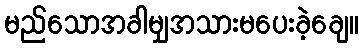
မည်သောအခါမျှအသားမပေးခဲ့ချေ။